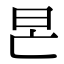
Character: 𣅖